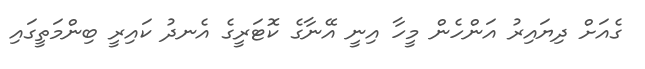
ގެއަށް ދިޔައިރު އަންހެން މީހާ އިނީ އޭނާގެ ކޮޓަރީގެ އެނދު ކައިރީ ބިންމަތީގައި